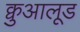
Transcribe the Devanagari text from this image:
क्वुआलूड